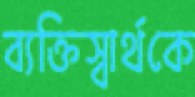
ব্যক্তিস্বার্থকে